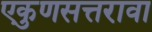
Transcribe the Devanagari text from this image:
एकुणसत्तरावा